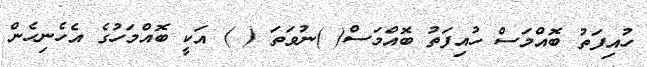
ހުއިފަތު ބޮއްމަސް ހުއިފަތު ބޮއްމަސް( )ނުވަތަ ( ) އަކީ ބޮއްމަހުގެ އެހެނިހެން